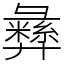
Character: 彝